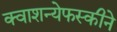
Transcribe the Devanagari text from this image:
क्वाशन्येफस्कीने